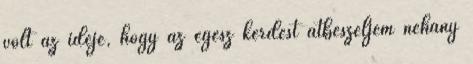
volt az ideje, hogy az egész kérdést átbeszéljem néhány